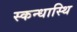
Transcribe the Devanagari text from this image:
स्कन्धास्थि